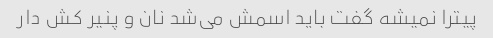
پیترا نمیشه گفت باید اسمش می‌شد نان و پنیر کش دار